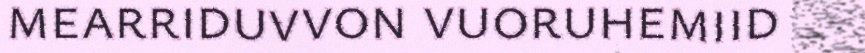
mearriduvvon vuoruhemiid